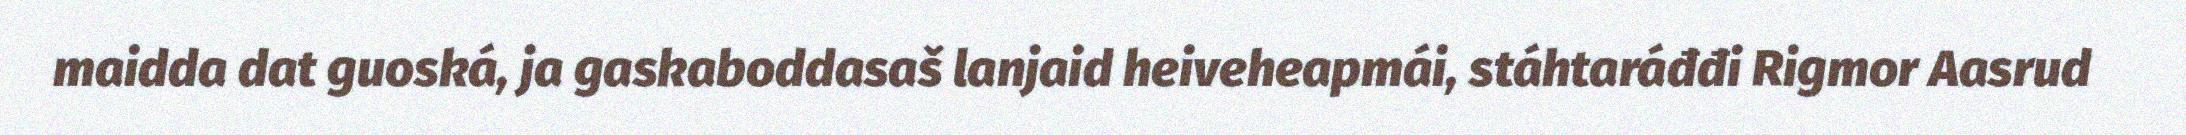
maidda dat guoská, ja gaskaboddasaš lanjaid heiveheapmái, stáhtaráđđi Rigmor Aasrud